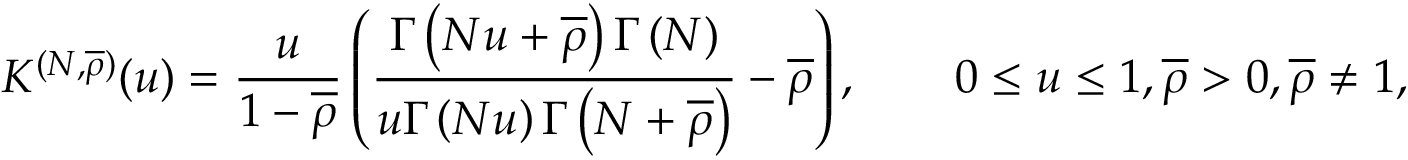
K ^ { ( N , \overline { { \rho } } ) } ( u ) = \frac { u } { 1 - \overline { { \rho } } } \left( \frac { \Gamma \left( N u + \overline { { \rho } } \right) \Gamma \left( N \right) } { u \Gamma \left( N u \right) \Gamma \left( N + \overline { { \rho } } \right) } - \overline { { \rho } } \right) , \qquad 0 \le u \le 1 , \overline { { \rho } } > 0 , \overline { { \rho } } \neq 1 ,